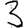
Digit: 3